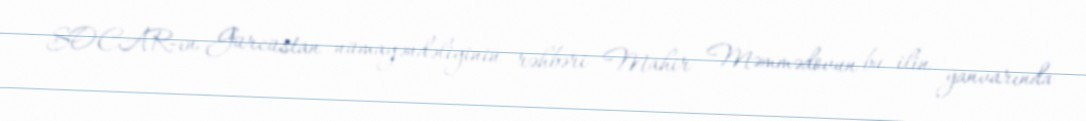
SOCAR-ın Gürcüstan nümayəndəliyinin rəhbəri Mahir Məmmədovun bu ilin yanvarında